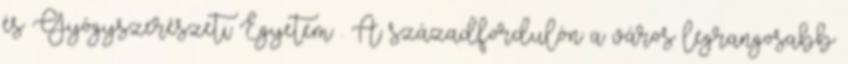
és Gyógyszerészeti Egyetem . A századfordulón a város legrangosabb